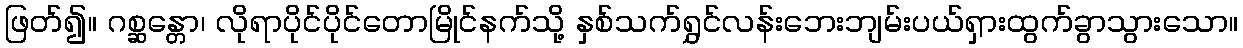
ဖြတ်၍။ ဂစ္ဆန္တော၊ လိုရာပိုင်ပိုင်တောမြိုင်နက်သို့ နှစ်သက်ရွှင်လန်းဘေးဘျမ်းပယ်ရှားထွက်ခွာသွားသော။